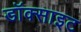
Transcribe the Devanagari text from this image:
डॉक्साइट